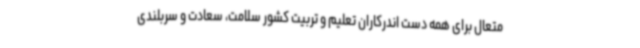
متعال برای همه دست اندرکاران تعلیم و تربیت کشور سلامت، سعادت و سربلندی